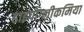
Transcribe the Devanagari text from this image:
हाइपोग्लीकमिया